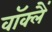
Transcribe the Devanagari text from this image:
वॉक्लैं